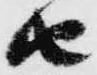
由